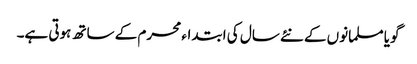
گویا مسلمانوں کے نئے سال کی ابتداء محرم کے ساتھ ہوتی ہے۔